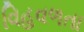
વિહવળતા